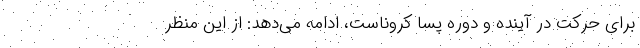
برای حرکت در آینده و ‌دوره پسا کروناست، ادامه می‌دهد: از این منظر